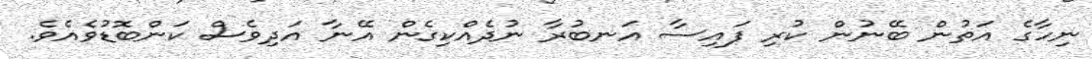
ނިހާގެ އަތުން ބޭނުން ކުރި ފައިސާ އަނބުރާ ނުދެއްކިގެން އޭނާ އަދިވެސް ކަންބޮޑުވެއެވެ.